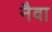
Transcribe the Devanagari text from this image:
नैवा